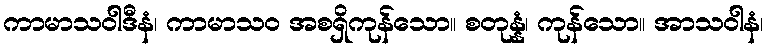
ကာမာသဝါဒီနံ၊ ကာမာသဝ အစရှိကုန်သော။ စတုန္နံ၊ ကုန်သော။ အာသဝါနံ၊